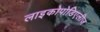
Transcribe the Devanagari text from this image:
लाइकोपोडिएलीज